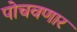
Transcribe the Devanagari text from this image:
पोचवणार